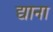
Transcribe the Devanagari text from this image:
द्याना